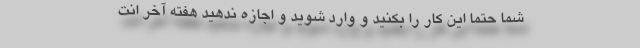
شما حتماً این کار را بکنید و وارد شوید و اجازه ندهید هفته آخر انت